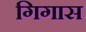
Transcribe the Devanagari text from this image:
गिगास